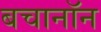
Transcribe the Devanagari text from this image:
बचानॉन